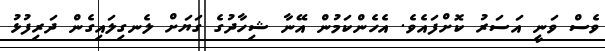
ވެސް ވަނީ އަސަރު ކޮށްފައެވެ. އެހެންކަމުން އޭނާ ޝިހާދުގެ ގަޔަށް ލެނގިލައިގެން ދަރިފުޅު